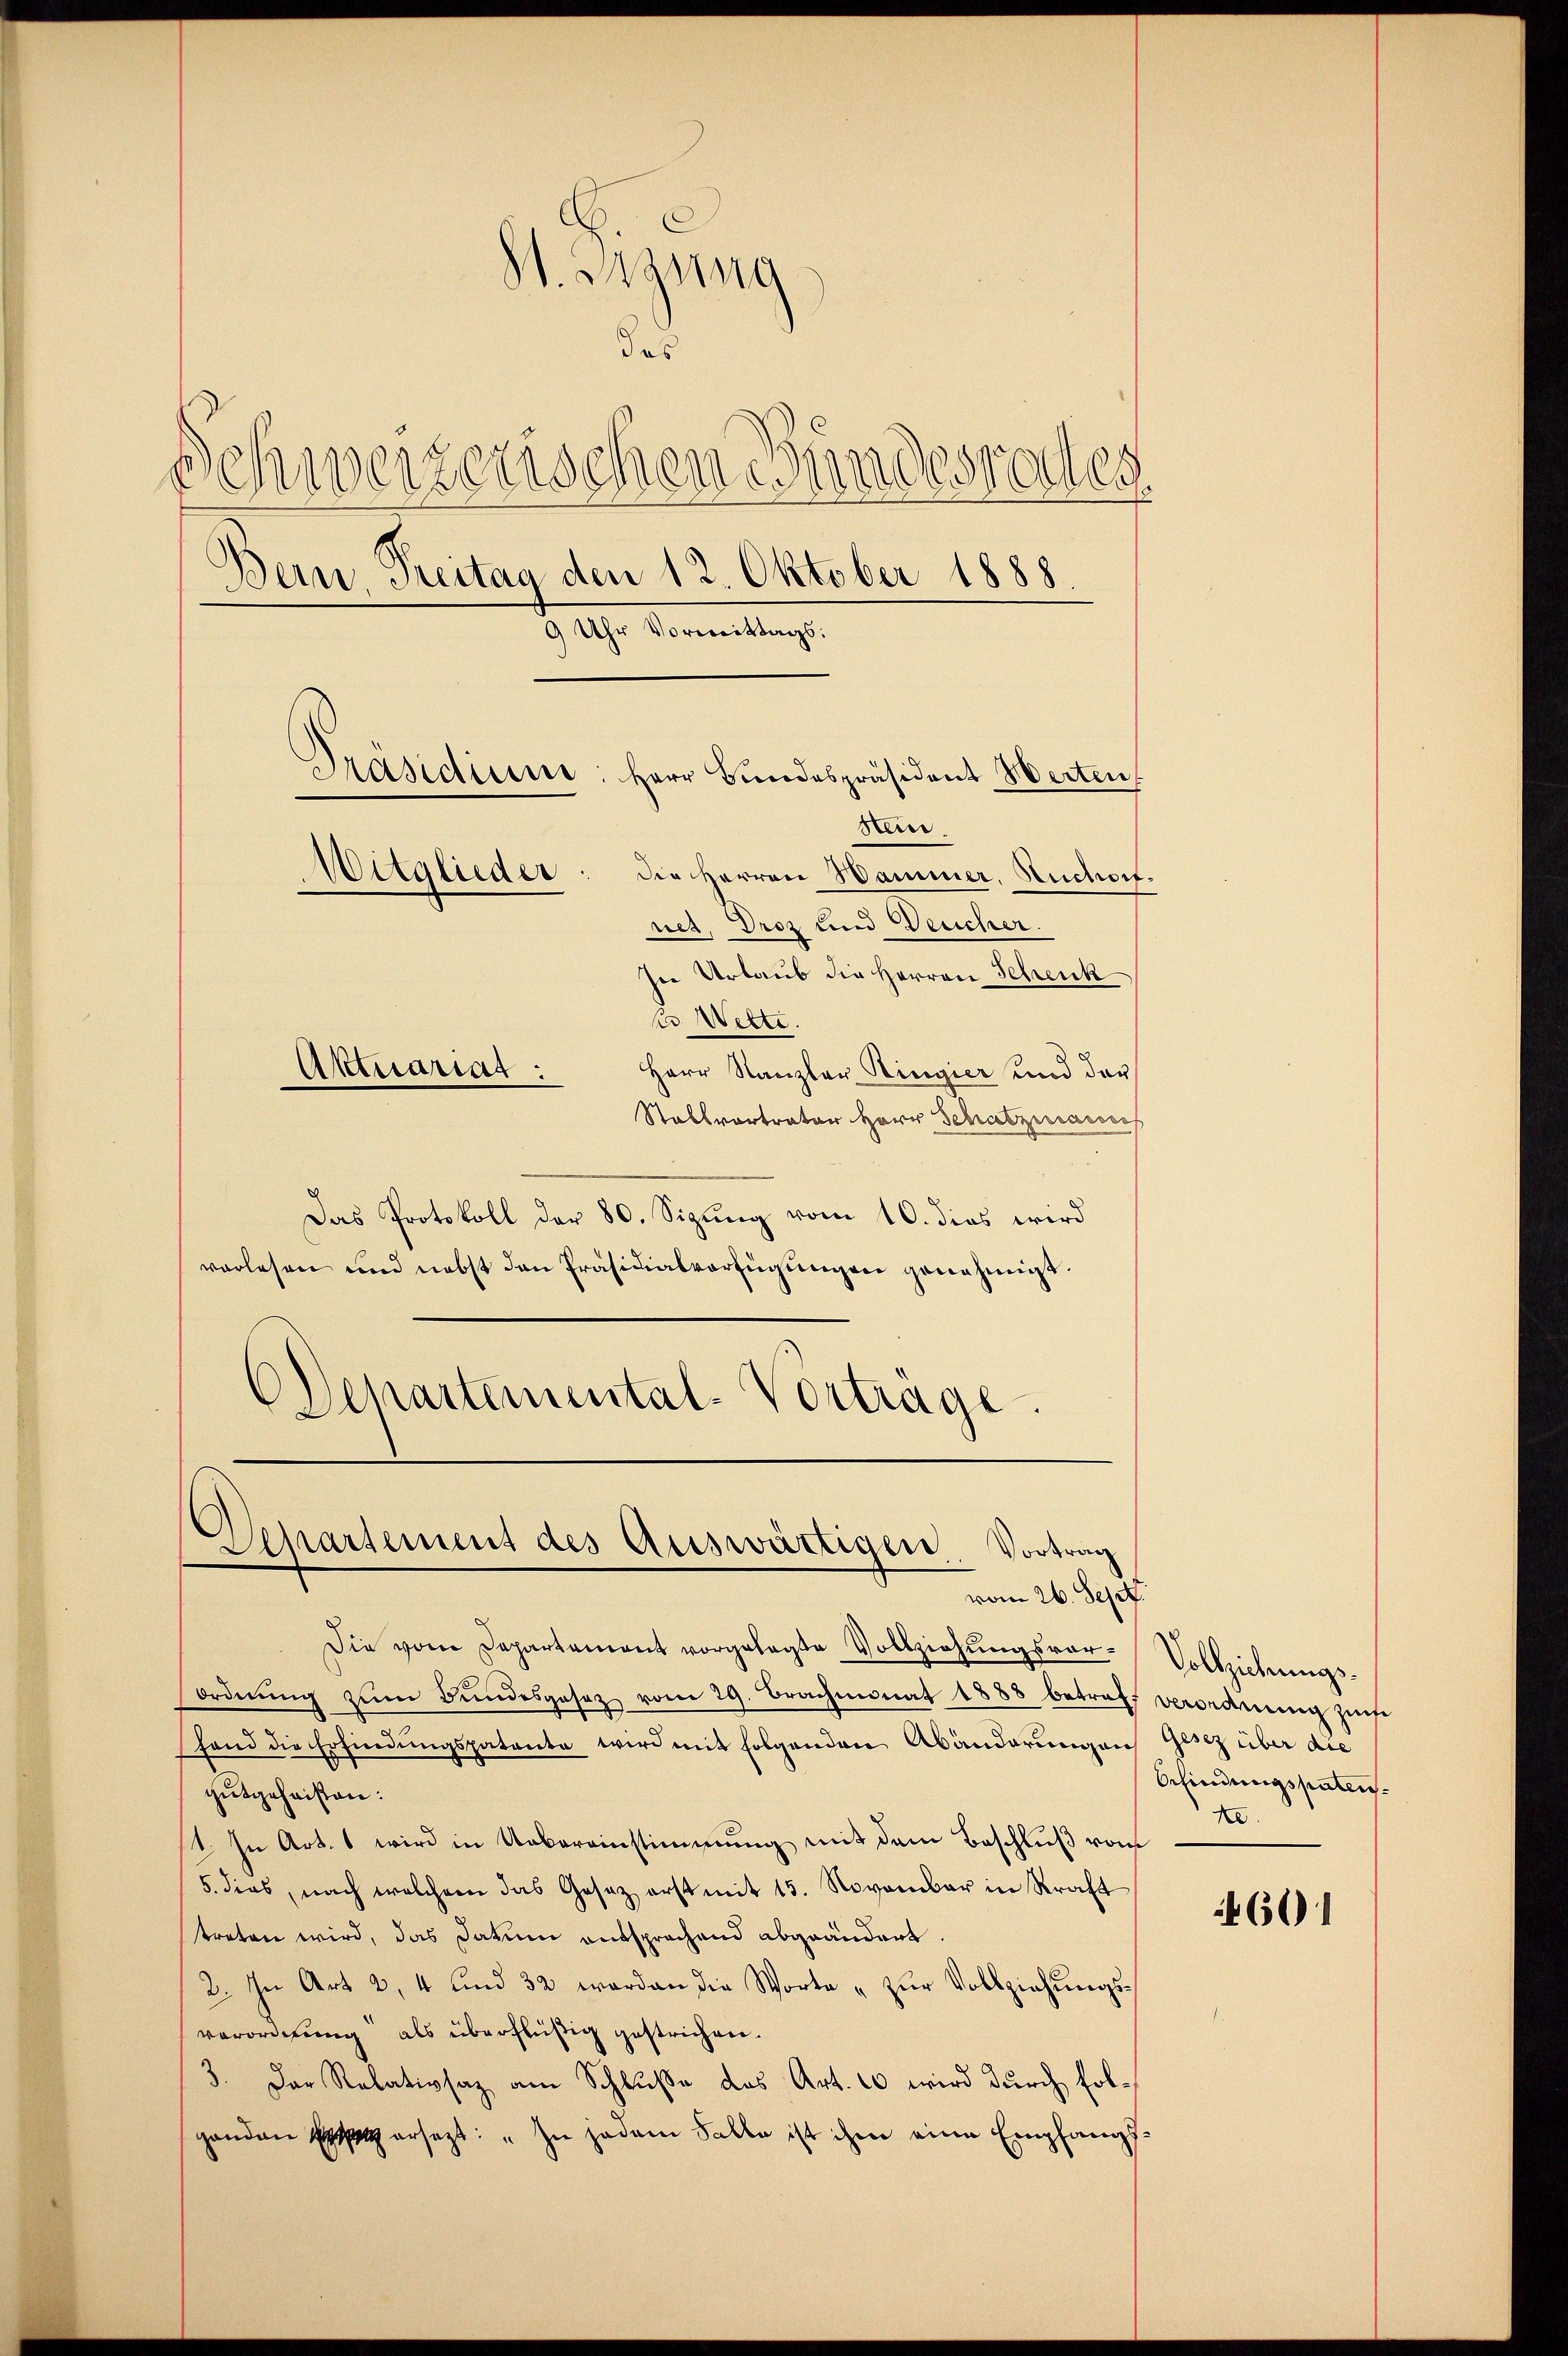
S. Regung
das
Dehrverzerischen Bundesrathes
Bern, Treitag den 12. Oktober 1888.
9 Uhr Vormittags.
Präsidier: Herr Bundespräsident Werten
stein.
Witglieder: Die Herren Wammer, Ruchon.
net. Droz und eucher.
In Urlaub die Herren Schenk
C Wette.
Aktuariat :
Herr Kanzler Ringier und der
Stallvertrator Herr Schatzmanns

Das Protokoll der 80. Sizung vom 10. dies wird
vorlesen und nebst den Präsidialverfügungen genehmigt.
ODepartemental-Vorträge.

Separtement des Auswärtigen Vortrag
vom 26. Sept.

Die vom Departement vorgelegte Vollziehŭngsvor-Vollziehungs-
ordnŭng zŭm Bŭndesgesetz vom 29. Brachmonat 1888 betreff verordnŭng zuse
fand die Erfindungspatente wird mit folgenden Abänderungen Gesez über die
gutgeheißen:
1. In Art. 1 wird in Uebereinstimmung mit dem Beschluß vom
5. dies, nach welchem das Gesetz erst mit 15. November in Straft
treten wird, das Datum entsprachend abgeändert.
2. In Art 2, 4 und 32 worden die Worte u zŭr Vollziehŭngs-
verordnung als überflüßig gestrichen.
3. Der Relativsaz am Schluße das Art. 10 wird durch folganden Etat ersezt: „In jedem Falle ist ihm eine Empfangs¬

Erfindungspaten.
Ne

4601